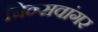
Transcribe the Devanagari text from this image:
बिन्सवांगर